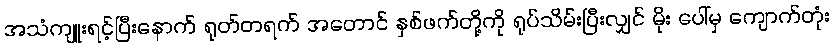
အသံကျူးရင့်ပြီးနောက် ရုတ်တရက် အတောင် နှစ်ဖက်တို့ကို ရုပ်သိမ်းပြီးလျှင် မိုး ပေါ်မှ ကျောက်တုံး